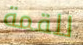
للقمة